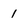
Character: 1